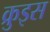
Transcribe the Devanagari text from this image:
क्रुइस